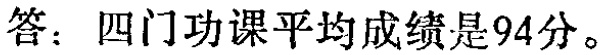
答：四门功课平均成绩是94分。